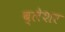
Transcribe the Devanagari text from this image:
ब्लेशर